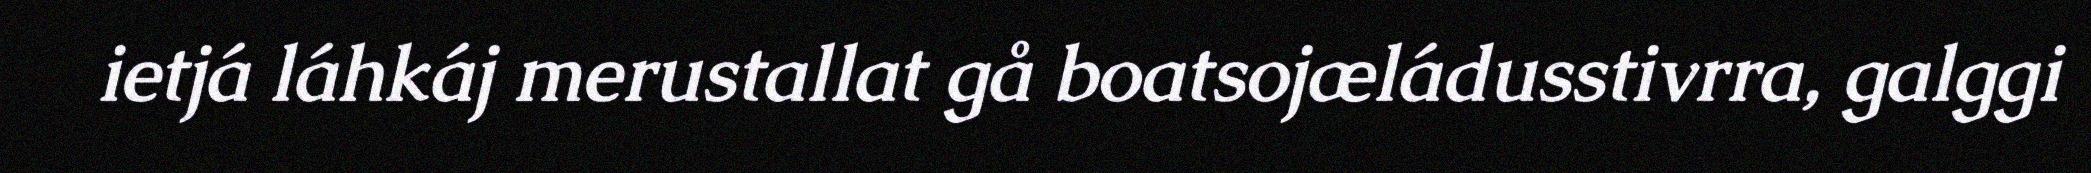
ietjá láhkáj merustallat gå boatsojæládusstivrra, galggi